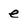
Character: e